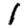
Digit: 1